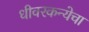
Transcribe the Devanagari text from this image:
धीवरकन्येचा